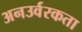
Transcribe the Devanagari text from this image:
अनउर्वरकता